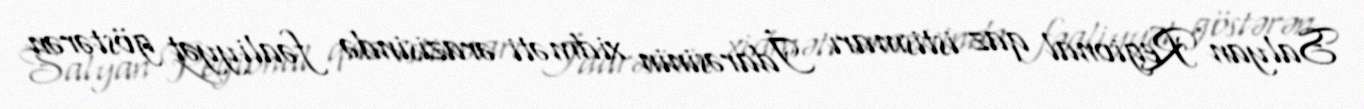
Salyan Regional qaz istismarı İdarəsinin xidməti ərazisində fəaliyyət göstərən